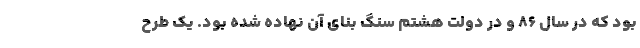
بود که در سال ۸۶ و در دولت هشتم سنگ ‌بنای آن نهاده شده بود. یک طرح